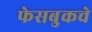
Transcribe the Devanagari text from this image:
फेसबुकचे